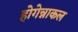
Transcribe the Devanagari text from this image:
होगेन्नाकल